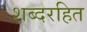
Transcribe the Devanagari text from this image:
शब्दरहित